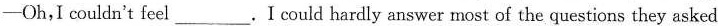
-Oh,I couldn't feel _.I could hardly answer most of the questions they asked.